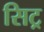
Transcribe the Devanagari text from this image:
सिट्र